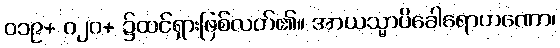
၀၁၉+ ၀၂၀+ ၌ထင်ရှားဖြစ်လတ်၏။ အာယသ္မာပိခေါရောဟဏော၊